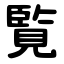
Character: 覧